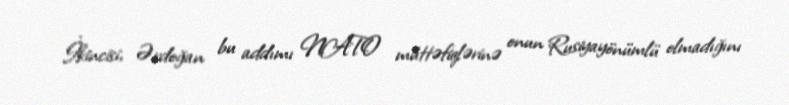
İkincisi, Ərdoğan bu addımı NATO müttəfiqlərinə onun Rusiyayönümlü olmadığını